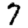
Digit: 7